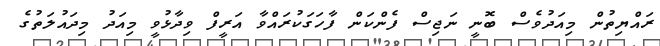
ރައްޔިތުން މިއަދުވެސް ބޮނީ ނަޖިސް ފެންކަން ފާހަގަކުރައްވާ އަރީފް ވިދާޅުވީ މިއަދު މިދައުލަތުގެ